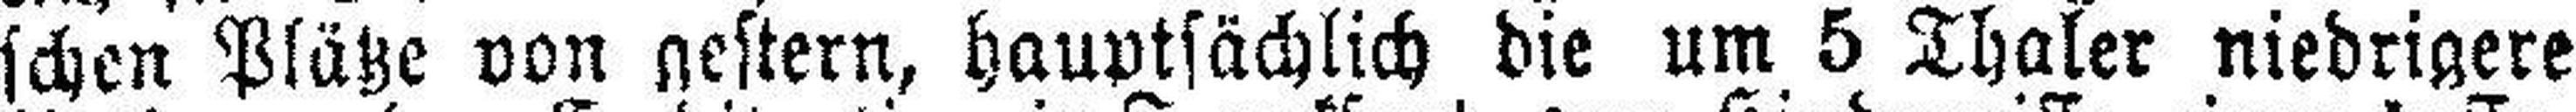
schen Plätze von gestern, hauptsächlich die um 5 Thaler niedrigere